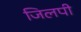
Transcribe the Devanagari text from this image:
जिलपी